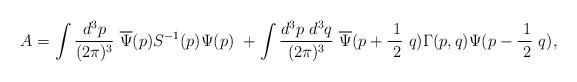
LaTeX: \begin{align*}A=\int \frac{d^3p}{(2\pi )^3}\ \overline{\Psi }(p)S^{-1}(p)\Psi (p)\ +\int \frac{d^3p\ d^3q}{(2\pi )^3}\ \overline{\Psi }(p+\frac{\ 1}{\ 2}\ q)\Gamma(p,q)\Psi (p-\frac{\ 1}{\ 2}\ q), \end{align*}